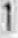
1